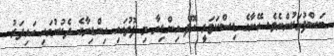
ބަސްފުޅަކުންނެވެ. އޭނާގެ ޑިސްކަވަރީ އޮފް އިންޑިޔާ މި ފޮތުގައި އިންޑިޔާގެ ދެކުނުގައި ހައިދަރު